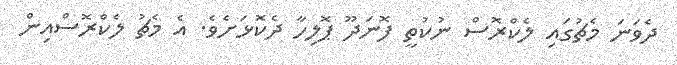
ދެވަނަ މެޗުގައި ލެކްރޮސް ނުކުތީ ފޮނަދޫ ޕޮލިހާ ދެކޮޅަށެވެ. އެ މެޗު ލެކްރޮސްއިން